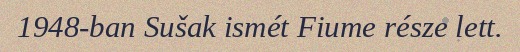
1948-ban Sušak ismét Fiume része lett.